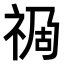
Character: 𥙯